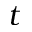
t